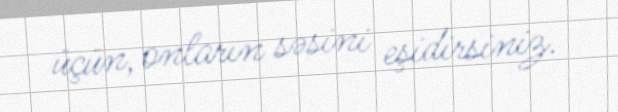
üçün, onların səsini eşidirsiniz.